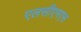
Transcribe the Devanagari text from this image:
एलसीएमएस